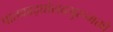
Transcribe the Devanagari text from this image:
पातकाद्घोराद्गुरूभक्तो